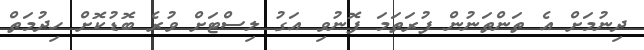
ދިނުމަށް އެ ތަންތަނުން ފުރަތަމަ ފޮނުވި އަގު ލިސްޓަށް ވުރެ ބޮޑުކޮށް ހިދުމަތް